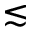
\lesssim